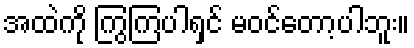
အထဲကို ကြွကြပါရှင် မဝင်တော့ပါဘူး။